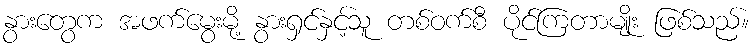
နွားတွေက အဖက်မွေးမို့ နွားရှင်နှင့်သူ တစ်ဝက်စီ ပိုင်ကြတာမျိုး ဖြစ်သည်။